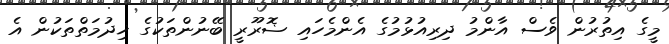
މީގެ އިތުރުން ވެސް އާންމު ދިރިއުޅުމުގެ އެންމެހައި ޟޮރޫރީ ބޭނުންތަކުގެ ޚިދުމަތްތަކުން އެ